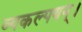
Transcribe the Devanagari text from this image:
व्यकल्पयन्।